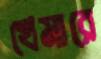
খেমারে